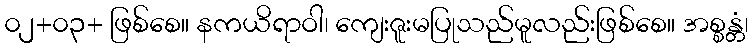
၀၂+၀၃+ ဖြစ်စေ။ နကယိရာဝါ၊ ကျေးဇူးမပြုသည်မူလည်းဖြစ်စေ။ အစ္စန္တံ၊